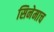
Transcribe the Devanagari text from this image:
सिनेमाच